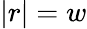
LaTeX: |r|=w